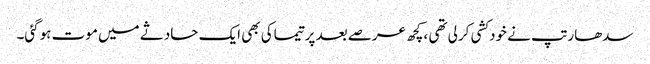
سدھارتپ نے خودکشی کرلی تھی ،کچھ عرصے بعد پرتیماکی بھی ایک حادثے میں موت ہوگئی۔